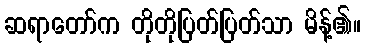
ဆရာတော်က တိုတိုပြတ်ပြတ်သာ မိန့်၏။